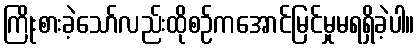
ကြိုးစားခဲ့သော်လည်းထိုစဉ်ကအောင်မြင်မှုမရရှိခဲ့ပါ။